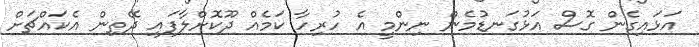
އަޅައިގެން ގޮސް އަޅުގަނޑުމެން ނިންމީ އެ ހުރިހާ ކަމެއް ދޫކޮށްލާފައި ދޭތިން އެކައްޗަށް